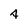
Character: 4